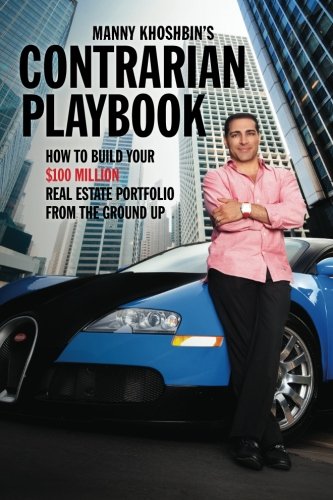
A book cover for Manny Khoshbin's Contrarian PlayBook: How to Build Your $100 Million Real Estate Portfolio From the Ground Up; Manny Khoshbin; Business & Money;